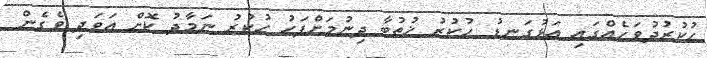
ހުކުރުދުވަހެއްގައި އަޅުގަނޑު ހުކުރު ޚުތުބާ ދިނުމަށްފަހު ހުކުރު ނަމާދު ކޮށް އަވަދި ވެގެން